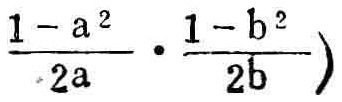
$\frac{1 - a^{2}}{2a} \cdot \frac{1 - b^{2}}{2b} )$